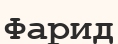
Фарид